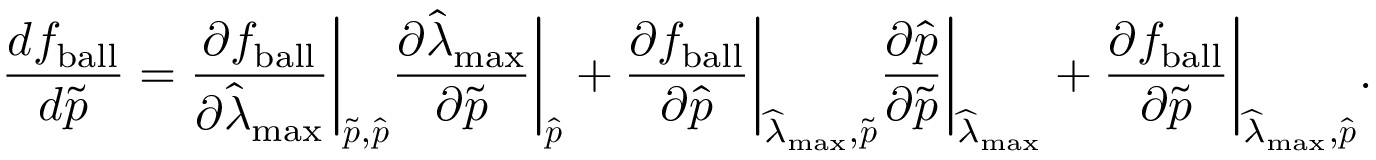
\frac { d f _ { \mathrm { { b a l l } } } } { d \widetilde { \boldsymbol { p } } } = \frac { \partial f _ { \mathrm { b a l l } } } { \partial \widehat { \lambda } _ { \mathrm { { m a x } } } } \bigg \lvert _ { \widetilde { \boldsymbol { p } } , \widehat { \boldsymbol { p } } } \frac { \partial \widehat { \lambda } _ { \mathrm { m a x } } } { \partial \widetilde { \boldsymbol { p } } } \bigg \lvert _ { \widehat { \boldsymbol { p } } } + \frac { \partial f _ { \mathrm { { b a l l } } } } { \partial \widehat { \boldsymbol { p } } } \bigg \lvert _ { \widehat { \lambda } _ { \mathrm { m a x } } , \widetilde { \boldsymbol { p } } } \frac { \partial \widehat { \boldsymbol { p } } } { \partial \widetilde { \boldsymbol { p } } } \bigg \lvert _ { \widehat { \lambda } _ { \mathrm { { m a x } } } } + \frac { \partial f _ { \mathrm { b a l l } } } { \partial \widetilde { \boldsymbol { p } } } \bigg \lvert _ { \widehat { \lambda } _ { \mathrm { { m a x } } } , \widehat { \boldsymbol { p } } } .